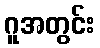
ဂူအတွင်း